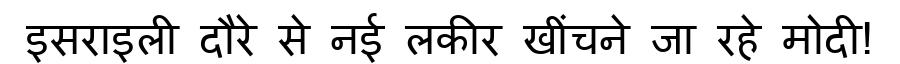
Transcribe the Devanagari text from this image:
इसराइली दौरे से नई लकीर खींचने जा रहे मोदी!